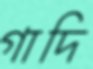
গাদি